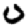
Digit: 0